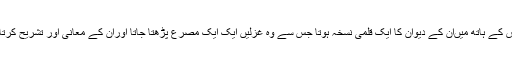
اس کے ہاتھ میںان کے دیوان کا ایک قلمی نسخہ ہوتا جس سے وہ غزلیں ایک ایک مصرع پڑھتا جاتا اوران کے معانی اور تشریح کرتا ۔